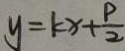
y = k x + \frac { p } { 2 }